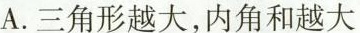
A.三角形越大，内角和越大